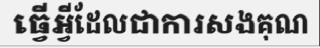
ធ្វើអ្វីដែលជាការសងគុណ